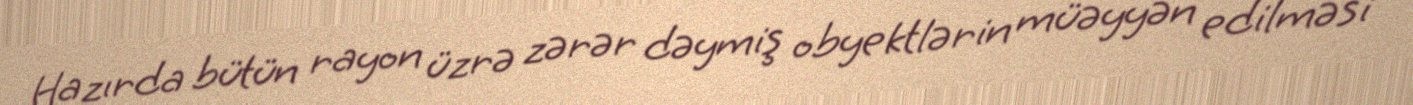
Hazırda bütün rayon üzrə zərər dəymiş obyektlərin müəyyən edilməsi